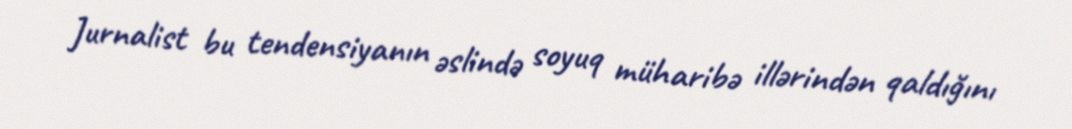
Jurnalist bu tendensiyanın əslində soyuq müharibə illərindən qaldığını